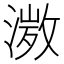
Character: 𭱾